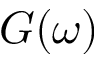
G ( \omega )